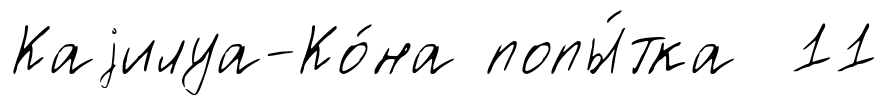
Каjилуа-Ко́на попы́тка 11